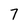
Character: 7